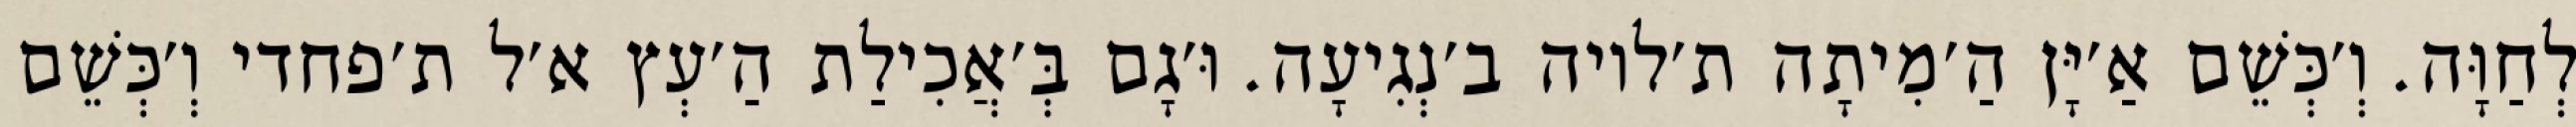
לְחַוָּה. וְ׳כְּשֵׁם אַ׳יָּן הַ׳מִיתָה ת׳לויה ב׳נְגִיעָה. וּ׳גָם בְּ׳אֲכִילַת הַ׳עְץ א׳ל ת׳פחדי וְ׳כְּשֵׁם